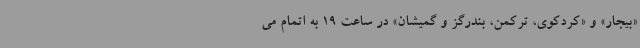
«بیجار» و «کردکوی، ترکمن، بندرگز و گمیشان» در ساعت 19 به اتمام می